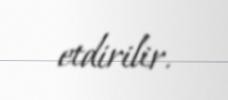
etdirilir.